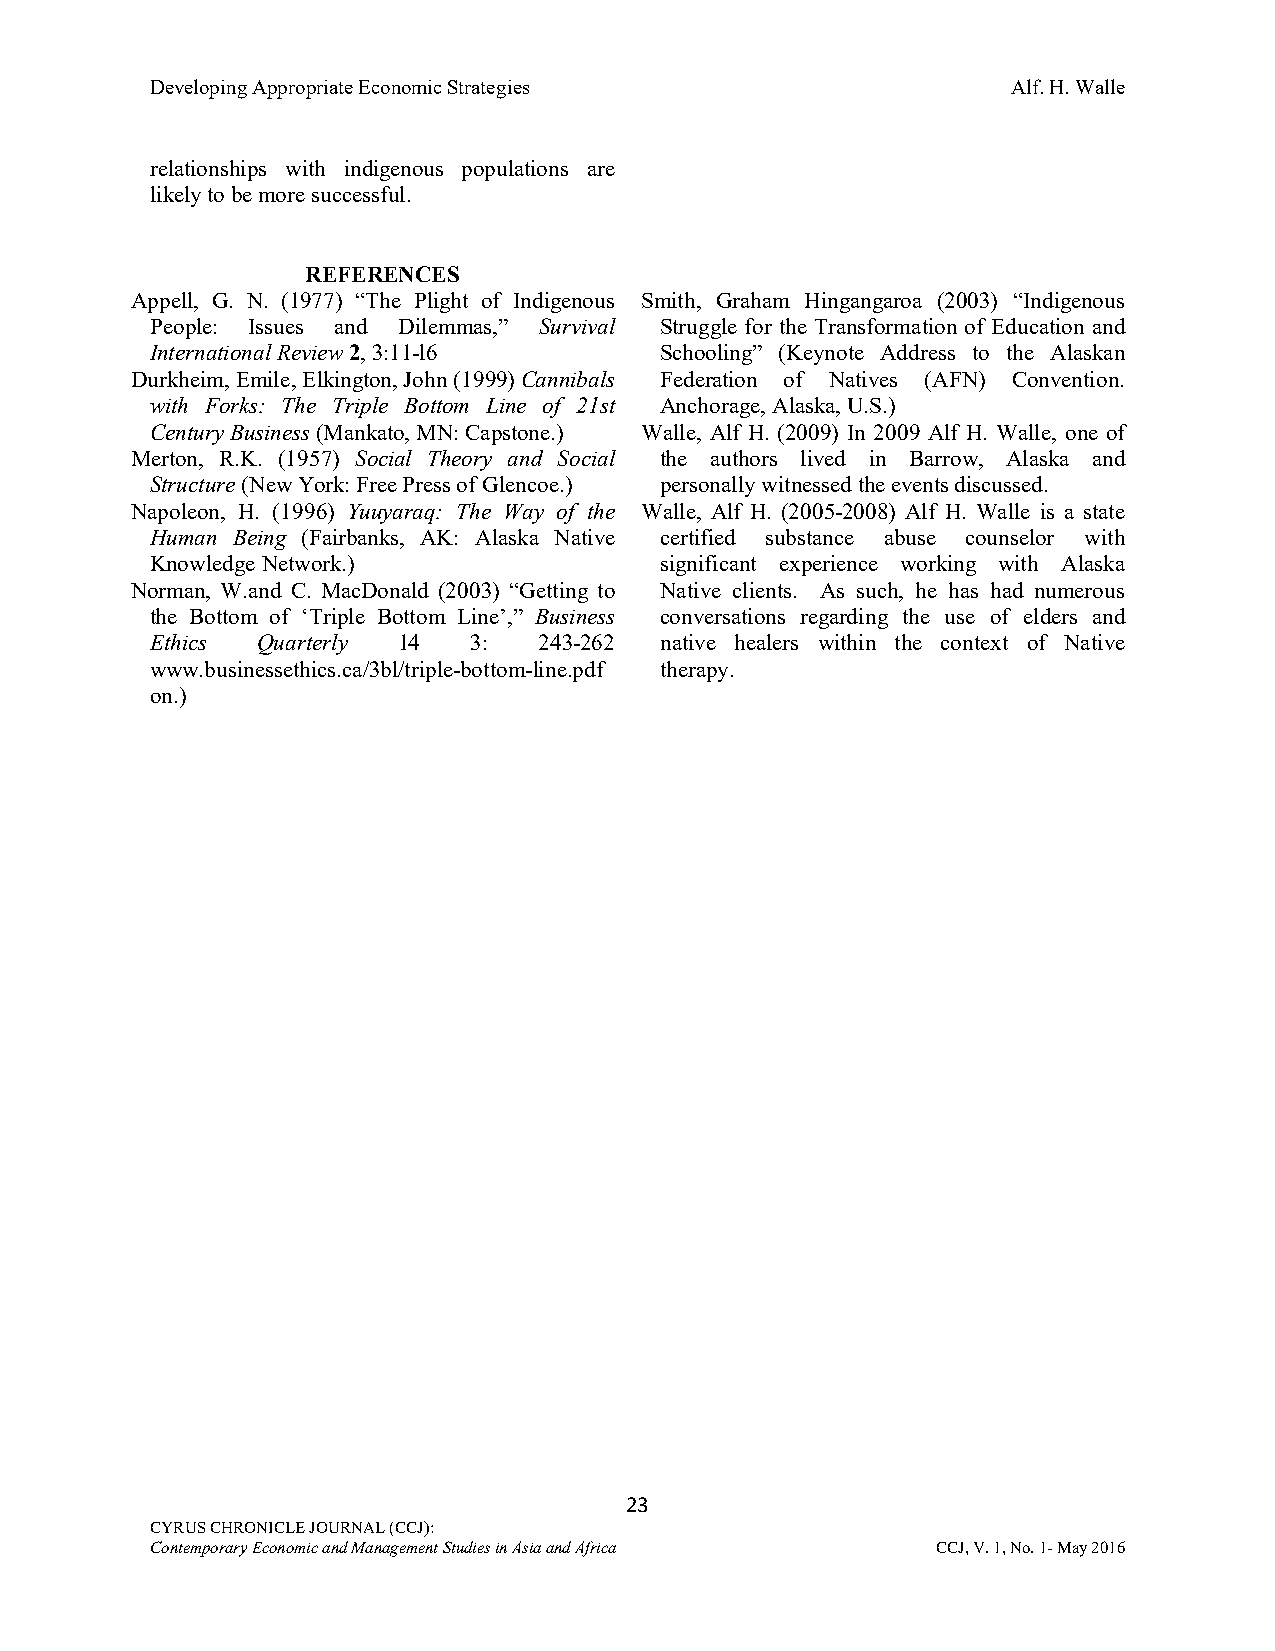
Developing Appropriate Economic Strategies               Alf. H. Walle
 relationships with indigenous populations are
 likely to be more successful.
 REFERENCES
 Appell, G. N. (1977) “The Plight of Indigenous Smith, Graham Hingangaroa (2003) “Indigenous
 People: Issues and Dilemmas,” Survival Struggle for the Transformation of Education and
 International Review 2, 3:11-l6   Schooling” (Keynote Address to the Alaskan
 Durkheim, Emile, Elkington, John (1999) Cannibals Federation of Natives (AFN) Convention.
 with Forks: The Triple Bottom Line of 21st Anchorage, Alaska, U.S.)
 Century Business (Mankato, MN: Capstone.) Walle, Alf H. (2009) In 2009 Alf H. Walle, one of
 Merton, R.K. (1957) Social Theory and Social the authors lived in Barrow, Alaska and
 Structure (New York: Free Press of Glencoe.) personally witnessed the events discussed.
 Napoleon, H. (1996) Yuuyaraq: The Way of the Walle, Alf H. (2005-2008) Alf H. Walle is a state
 Human Being (Fairbanks, AK: Alaska Native certified substance abuse counselor with
 Knowledge Network.)               significant experience working with Alaska
 Norman, W.and C. MacDonald (2003) “Getting to Native clients. As such, he has had numerous
 the Bottom of ‘Triple Bottom Line’,” Business conversations regarding the use of elders and
 Ethics Quarterly 14  3:   243-262 native healers within the context of Native
 www.businessethics.ca/3bl/triple-bottom-line.pdf therapy.
 on.)
 23
 CYRUS CHRONICLE JOURNAL (CCJ):
 Contemporary Economic and Management Studies in Asia and Africa CCJ, V. 1, No. 1- May 2016